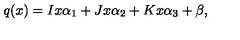
q ( x ) = I x \alpha _ { 1 } + J x \alpha _ { 2 } + K x \alpha _ { 3 } + \beta ,